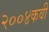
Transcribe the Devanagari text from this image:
२००४कवी